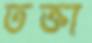
তক্তা